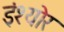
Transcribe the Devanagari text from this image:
इंश्योर